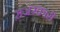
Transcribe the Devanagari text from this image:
स़जरकारी